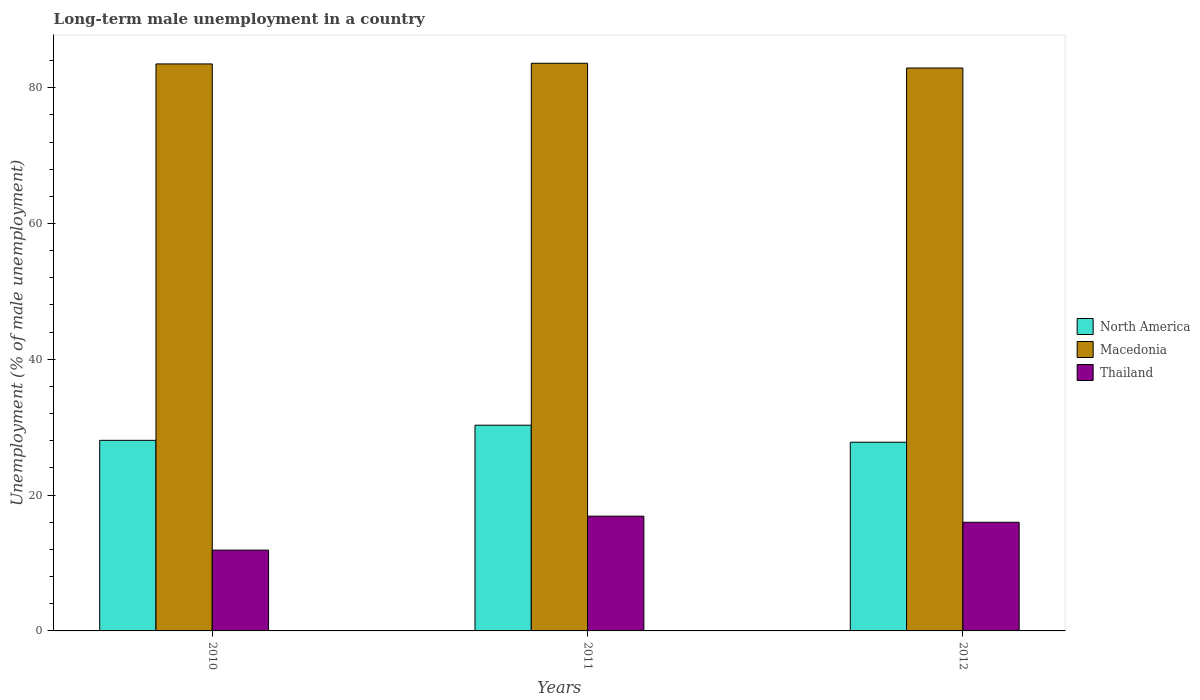
| Years | North America | Macedonia | Thailand |
 | --- | --- | --- | --- |
 | 2010 | 28.1 | 83.5 | 11.9 |
 | 2011 | 30.3 | 83.6 | 16.9 |
 | 2012 | 27.8 | 82.9 | 16 |